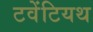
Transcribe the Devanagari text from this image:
टवेंटियथ